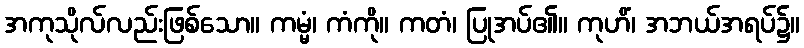
အကုသိုလ်လည်းဖြစ်သော။ ကမ္မံ၊ ကံကို။ ကတံ၊ ပြုအပ်၏။ ကုဟိံ၊ အဘယ်အရပ်၌။